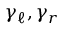
\gamma _ { \ell } , \gamma _ { r }